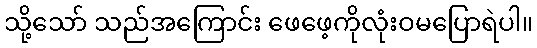
သို့သော် သည်အကြောင်း ဖေဖေ့ကိုလုံးဝမပြောရဲပါ။